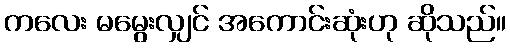
ကလေး မမွေးလျှင် အကောင်းဆုံးဟု ဆိုသည်။